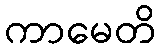
ကာမေတိ